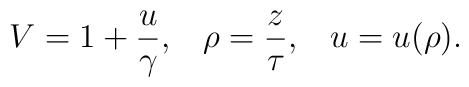
V=1+{u\over\gamma},\;\;\;\rho={z\over\tau},\;\;\;u=u(\rho).